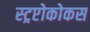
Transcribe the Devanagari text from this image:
स्ट्रप्टोकोकस